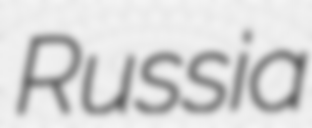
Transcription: Russia